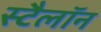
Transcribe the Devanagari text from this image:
स्टैलॉन